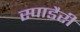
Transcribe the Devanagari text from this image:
स्पाडैरी